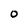
Character: 0